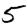
Digit: 5